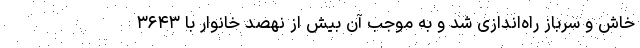
خاش و سرباز راه‌اندازی شد و به موجب آن بیش از نهصد خانوار با ۳۶۴۳